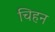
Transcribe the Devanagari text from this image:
चिहन